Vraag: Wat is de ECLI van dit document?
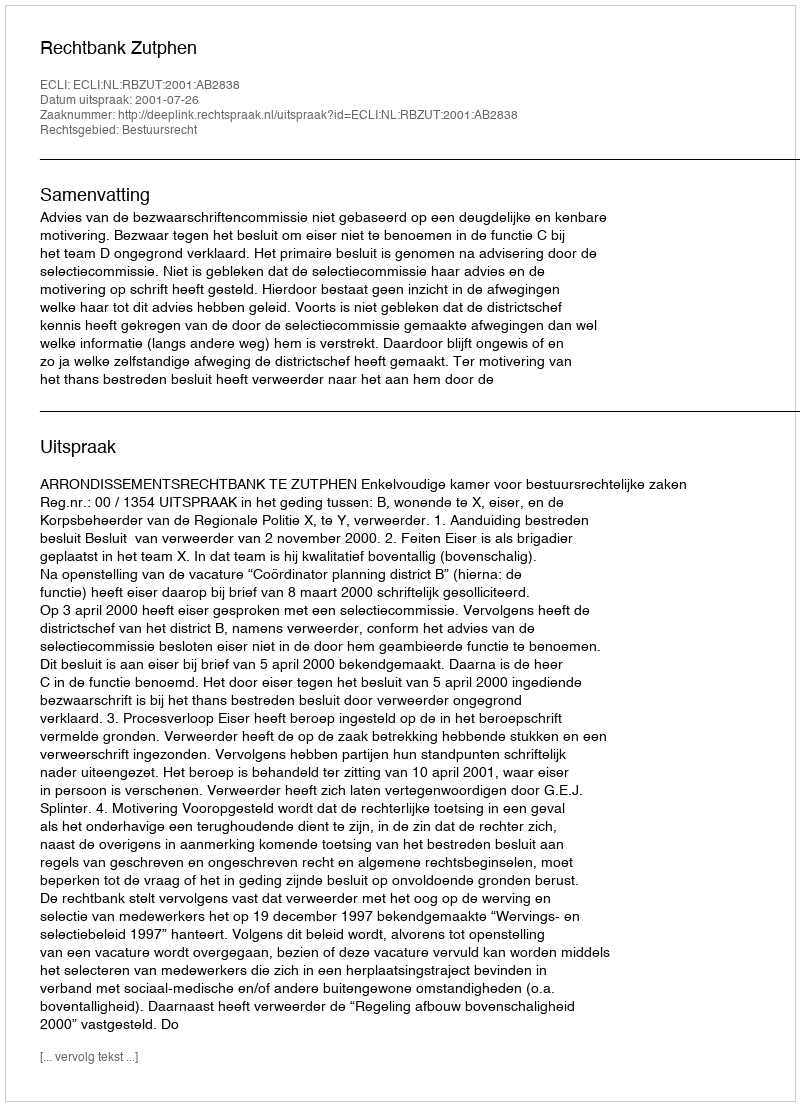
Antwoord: ECLI:NL:RBZUT:2001:AB2838